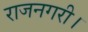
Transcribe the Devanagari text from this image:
राजनगरी।